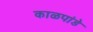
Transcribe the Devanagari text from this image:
काळपांडे